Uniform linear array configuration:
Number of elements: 4
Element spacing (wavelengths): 0.25
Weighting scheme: kaiser
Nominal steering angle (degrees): -30
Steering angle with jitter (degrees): -28.061
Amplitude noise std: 0.05
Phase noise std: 0.05

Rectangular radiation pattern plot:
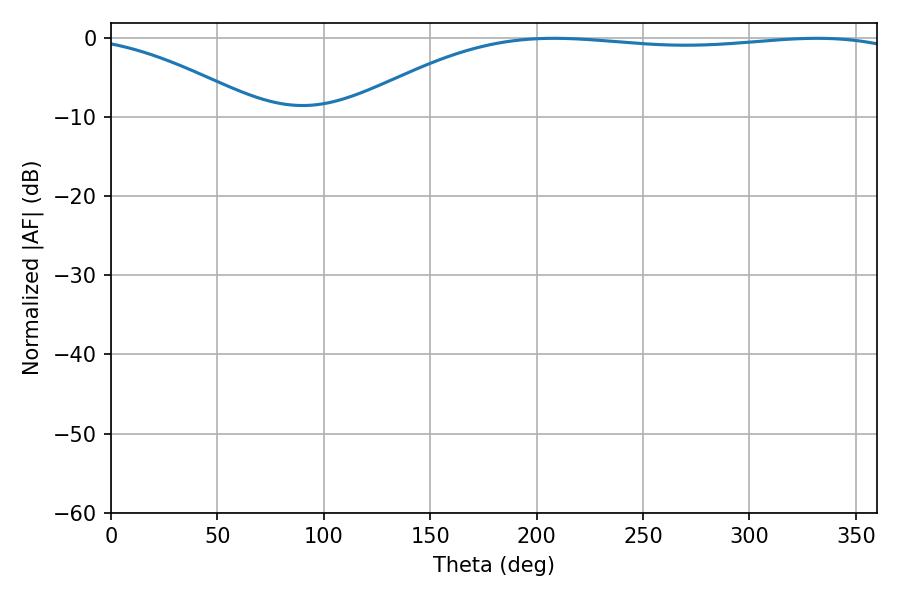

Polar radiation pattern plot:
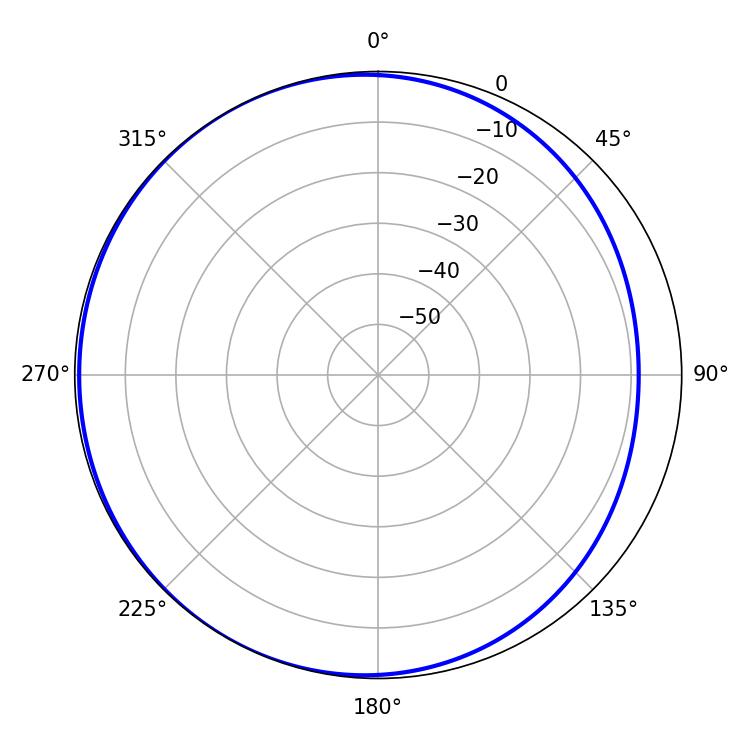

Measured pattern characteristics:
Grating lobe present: FALSE
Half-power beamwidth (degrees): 208.44
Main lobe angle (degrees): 208.26